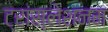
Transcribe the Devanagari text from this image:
ट्रांस्लेशनम